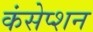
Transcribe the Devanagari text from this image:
कंसेप्शन